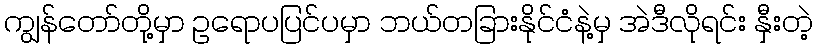
ကျွန်တော်တို့မှာ ဥရောပပြင်ပမှာ ဘယ်တခြားနိုင်ငံနဲ့မှ အဲဒီလိုရင်း နှီးတဲ့